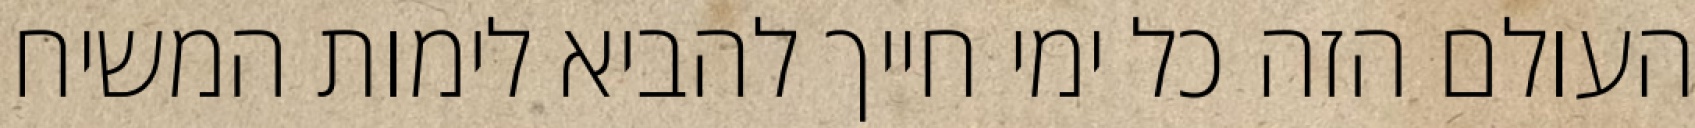
העולם הזה כל ימי חייך להביא לימות המשיח